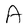
Character: A